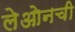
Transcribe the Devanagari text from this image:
लेओनची